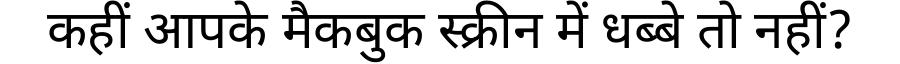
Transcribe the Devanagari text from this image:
कहीं आपके मैकबुक स्क्रीन में धब्बे तो नहीं?